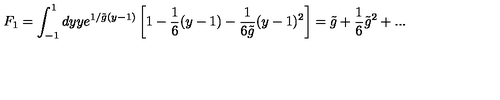
F _ { 1 } = \int _ { - 1 } ^ { 1 } d y y e ^ { 1 / { \tilde { g } } ( y - 1 ) } \left[ 1 - \frac { 1 } { 6 } ( y - 1 ) - \frac { 1 } { 6 \tilde { g } } ( y - 1 ) ^ { 2 } \right] = \tilde { g } + \frac { 1 } { 6 } { \tilde { g } } ^ { 2 } + . . .